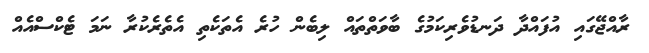
ރާއްޖޭގައި އުފައްދާ ދަނޑުވެރިކަމުގެ ބާވަތްތައް ލިބެން ހުރެ އެތަކެތި އެތެރެކުރާ ނަމަ ޓެކްސްއެއް